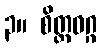
၃။ စိတ္တဝဂ္ဂ